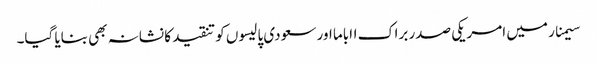
سیمنار میں امریکی صدر براک ااباما اور سعودی پالیسوں کو تنقید کا نشانہ بھی بنایا گیا۔